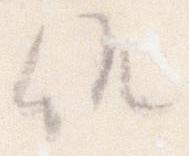
候